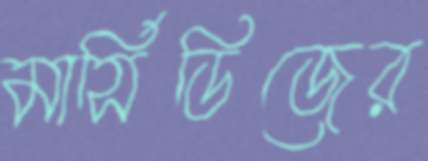
মার্সিডিজের